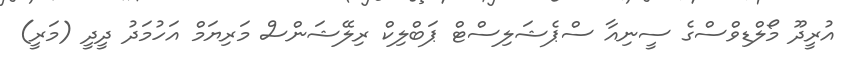
އުރީދޫ މޯލްޑިވްސްގެ ސީނިއާ ސްޕެޝަލިސްޓް ޕަބްލިކް ރިލޭޝަންސް މަރިޔަމް އަހުމަދު ދީދީ (މަރީ)